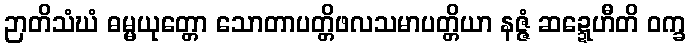
ဉာတိသံဃံ ဓမ္မယုတ္တော သောတာပတ္တိဖလသမာပတ္တိယာ နဇ္ဇံ ဆဍ္ဍေဟီတိ ဝက္ခ